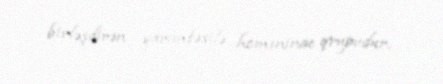
birləşdirən yarımfəsilə homininae qrupudur.